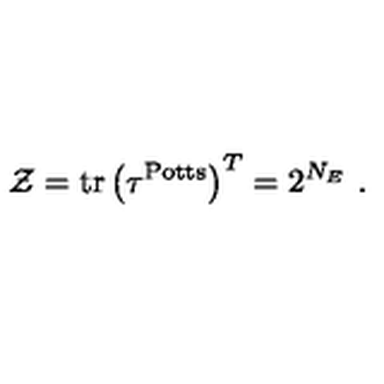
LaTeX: { \cal Z } = \mathrm { t r } \left( \tau ^ { \mathrm { P o t t s } } \right) ^ { T } = 2 ^ { N _ { E } } \ .